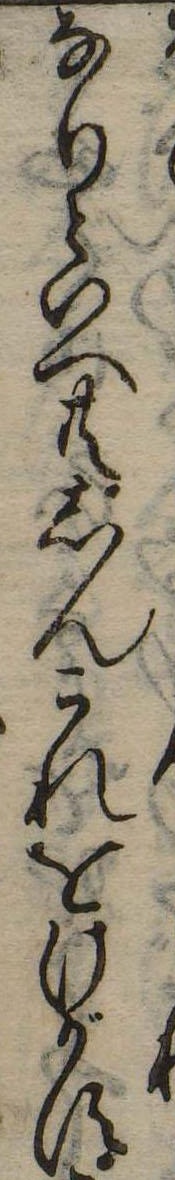
なりといへ共しんこれをけがす